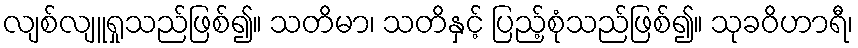
လျစ်လျူရှုသည်ဖြစ်၍။ သတိမာ၊ သတိနှင့် ပြည့်စုံသည်ဖြစ်၍။ သုခဝိဟာရီ၊